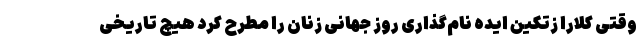
وقتی کلارا زتکین ایده نام‌گذاری روز جهانی زنان را مطرح کرد هیچ تاریخی